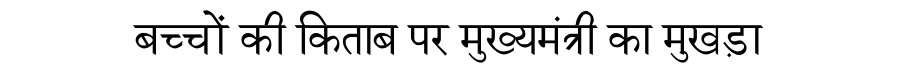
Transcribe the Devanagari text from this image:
बच्चों की किताब पर मुख्यमंत्री का मुखड़ा